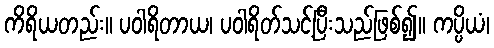
ကိရိယတည်း။ ပဝါရိတာယ၊ ပဝါရိတ်သင့်ပြီးသည်ဖြစ်၍။ ကပ္ပိယံ၊